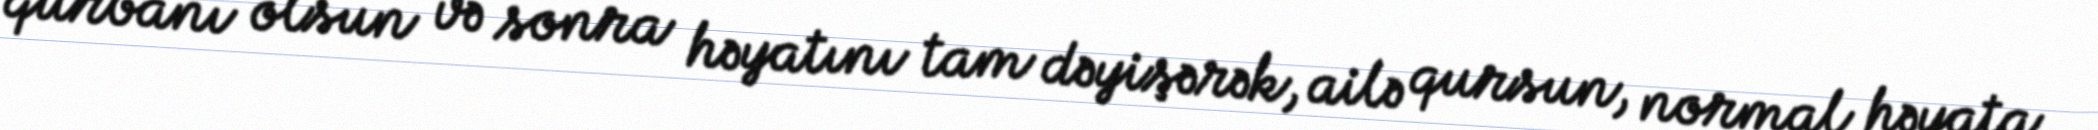
qurbanı olsun və sonra həyatını tam dəyişərək, ailə qursun, normal həyata